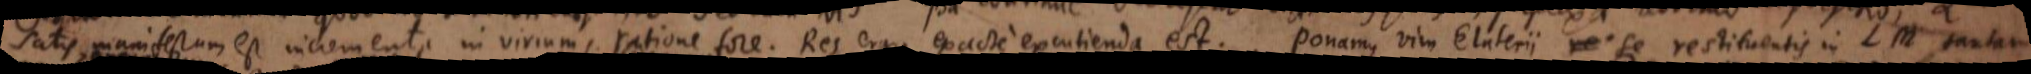
satis manifestum est incrementa in virium ratione fore. Res ergo exacte excutienda est. Ponamus vim Elaterii se restituentis in LM tantam